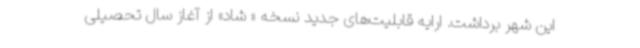
این شهر برداشت. ارایه قابلیت‌های جدید نسخه « شاد» از آغاز سال تحصیلی